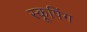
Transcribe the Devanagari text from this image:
स्कूपिंग